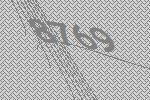
8769